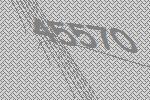
45570